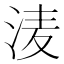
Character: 𭰗